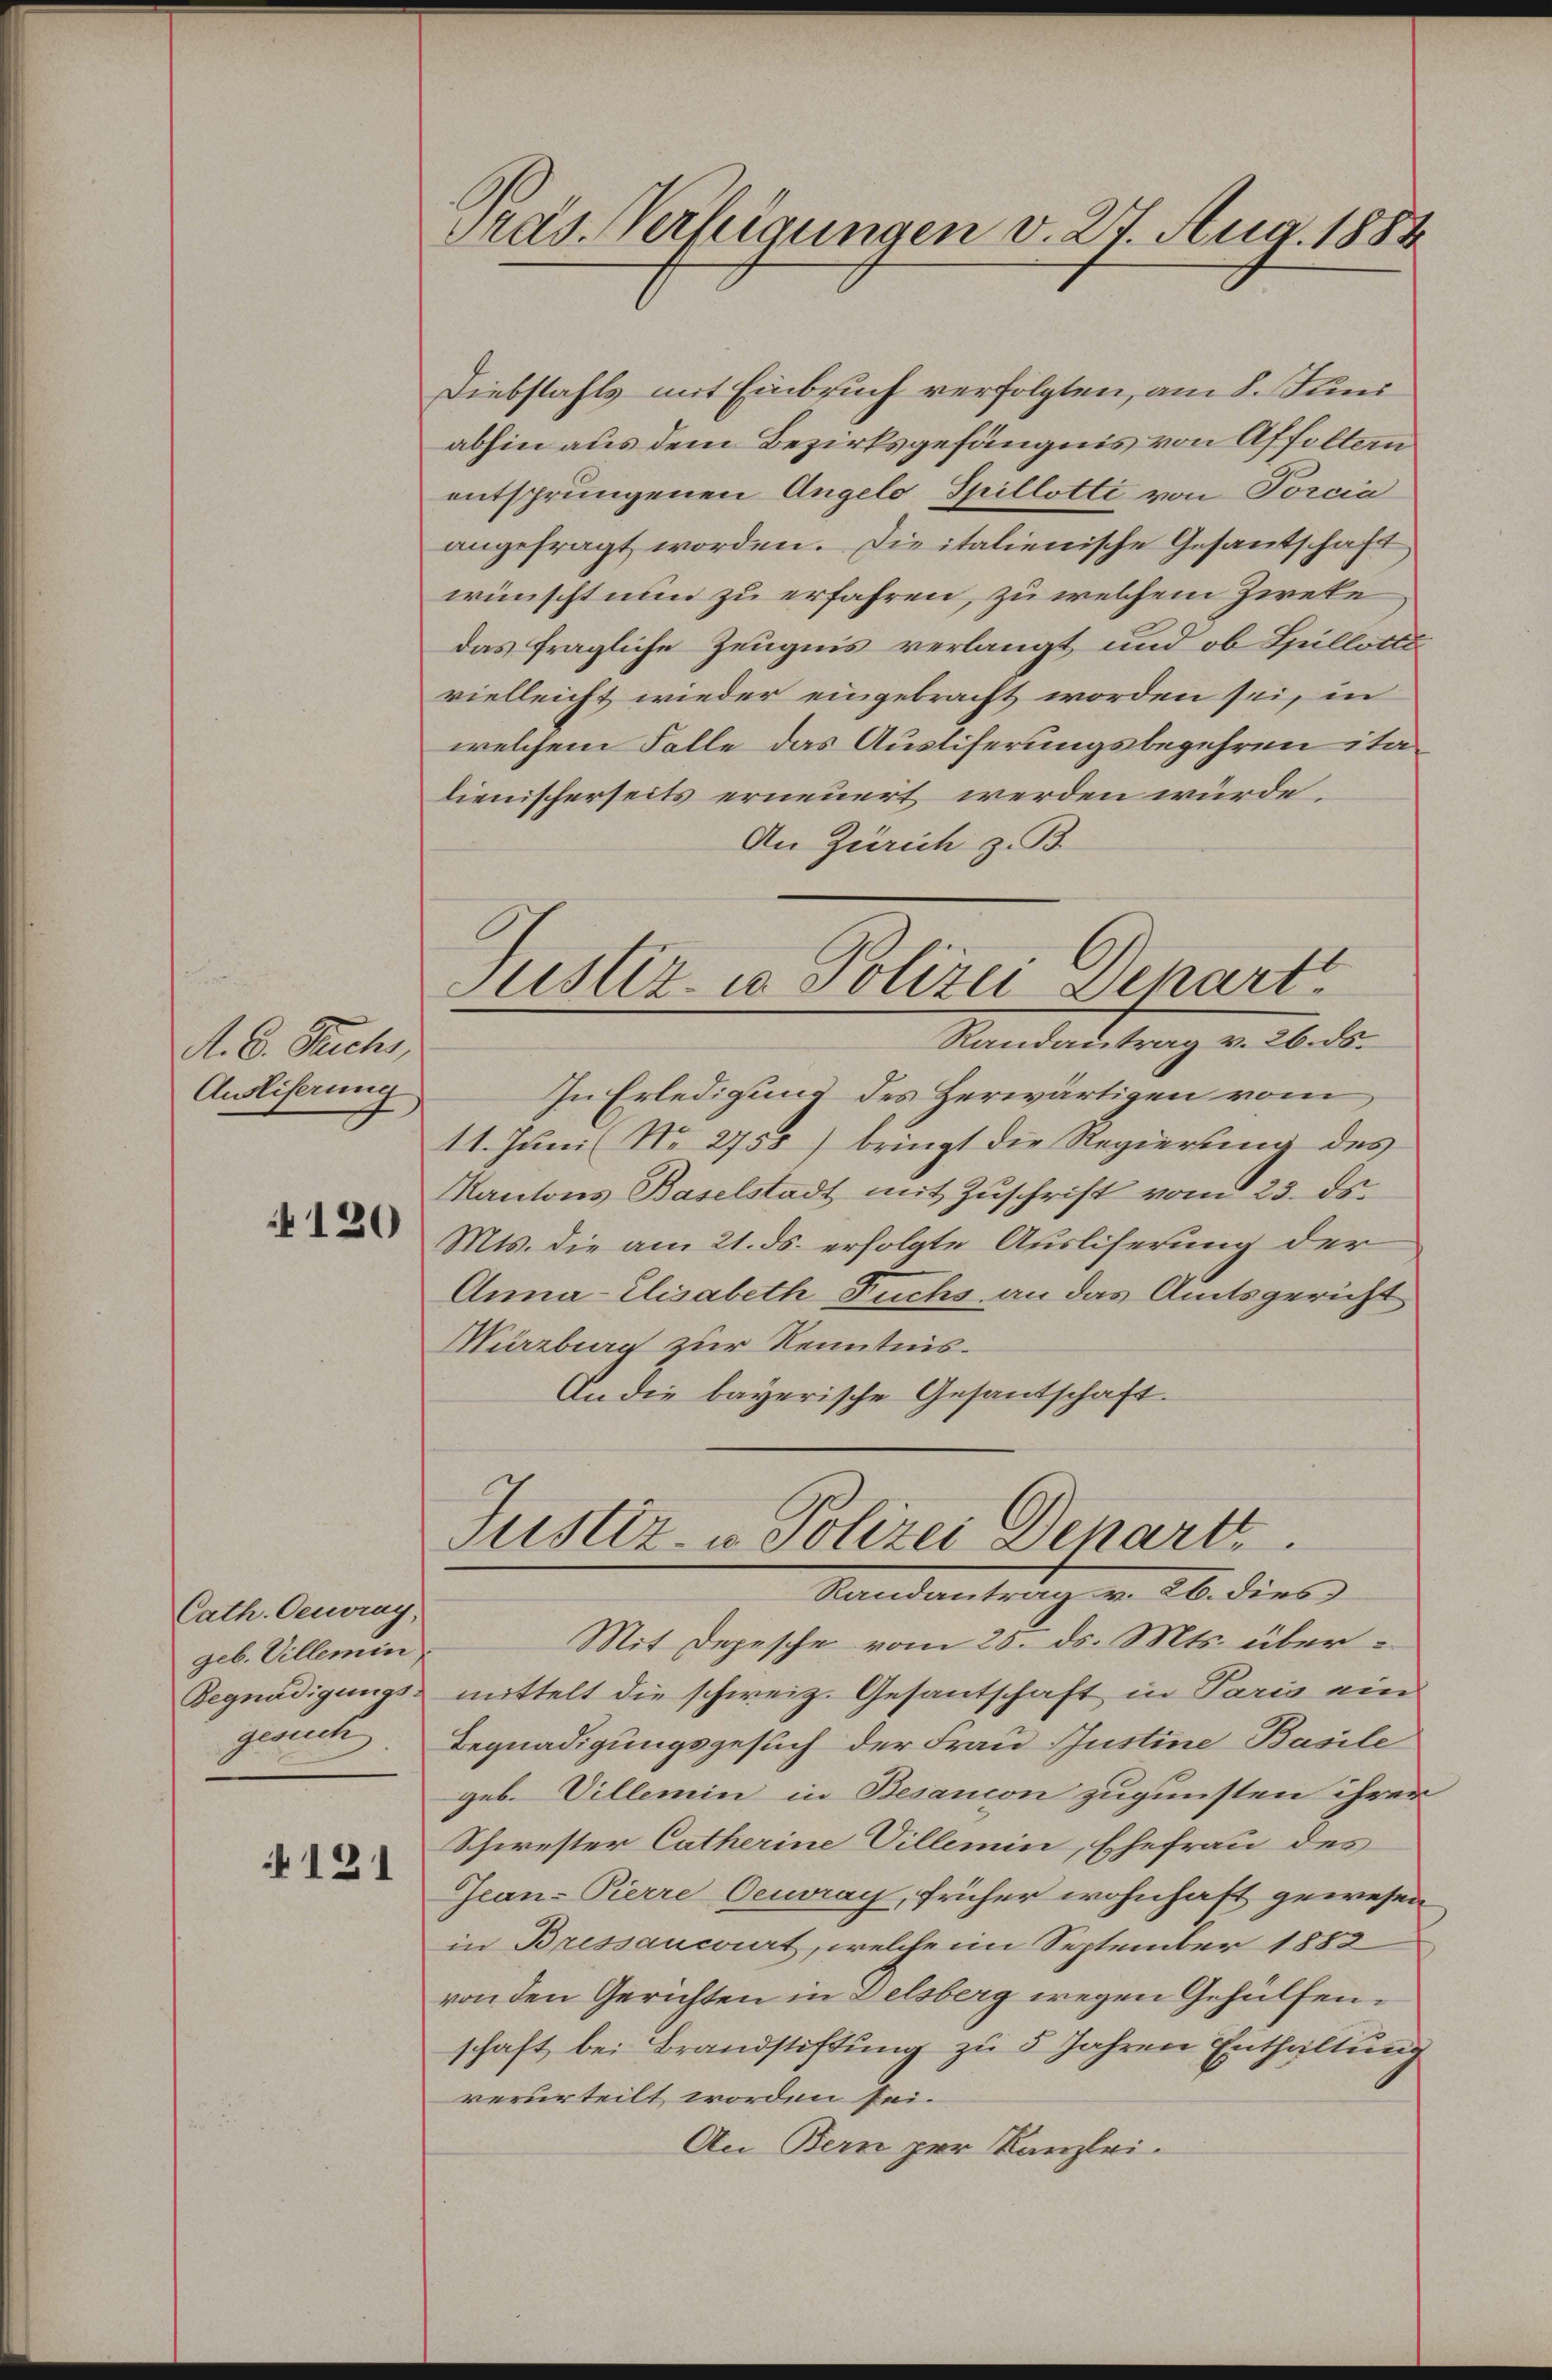
A. D. Recht,
Auseiferung

120

Cath. Oeuray,
geb. Villemin
Begnadigungs-
gesuch

121

Pras. Verfügungen v. 27. Aug. 1884

Diebstahls mit Einbruch verfolgten, am 8. Juni
abhin aus dem Bezirksgefängnis von Affolten
entsprungenen Angelo Spillotti von Porcia
angefragt worden. Die italienische Gesantschaft
wünscht nun zu erfahren, zu welchem Zweke
das fragliche Zeugnis verlangt und ob Spillotte
vielleicht wieder eingebracht worden sei, in
welchem Falle das Ausliferungsbegehren italienischerseits erneuert werden würde,
An Zürich z. B.
Justiz- u. Polizei Depart
Randantrag v. 26. ds.
In Erledigung des Herwärtigen vom
11. Juni No 2755) bringt die Regierung des
Kantons Baselstadt mit Zuschrift vom 25. ds.
Mts. die am 21. ds. erfolgte Ausliserung der
Anna Elisabeth Fuchs an das Amtsgericht
Würzburg zur Kenntnis.
An die bayerische Gesandschaft.

Justiz- u. Polizei Depart
Randantrag v. 26. dies

Mit Depesche vom 25. ds. Mts. übermittelt die schweiz. Gesantschaft in Paris ein
Begnadigungsgesuch der Frau Justine Basile
geb. Villemin in Besancon zugunsten ihrer
Schwester Catherine Villemin, Ehefrau des
Jean-Pierre Oeuray, früher wohnhaft gewesen
in Bressancourt, welchem September 1882
von den Gerichten in Delsberg wegen Gehülfenschaft bei Brandstiftung zu 5 Jahren Enthaltung
verurteilt worden sei.
An Bern per Kanzlei-